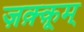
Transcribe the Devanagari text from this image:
ज़क़्क़ूम्